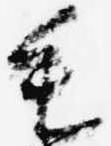
毛